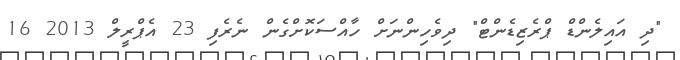
"ދި އައިލެންޑް ޕްރެޒިޑެންޓް" ދިވެހިންނަށް ހާއްސަކޮށްގެން ނެރެފި 23 އެޕްރީލް 2013 16